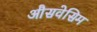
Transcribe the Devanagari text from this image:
औसवेसिम